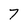
Character: 7